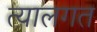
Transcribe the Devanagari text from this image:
त्यालगत